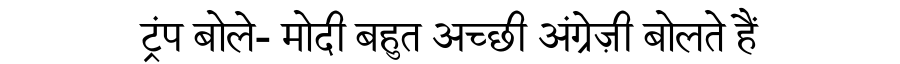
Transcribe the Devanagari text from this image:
ट्रंप बोले- मोदी बहुत अच्छी अंग्रेज़ी बोलते हैं